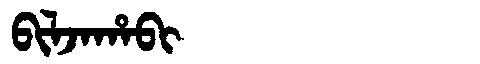
Manchu: ᠪᡳᠯᠵᠠᡥᠠᠪᡳ
Romanization: BILJAHABI